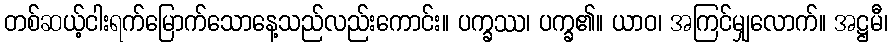
တစ်ဆယ့်ငါးရက်မြောက်သောနေ့သည်လည်းကောင်း။ ပက္ခဿ၊ ပက္ခ၏။ ယာဝ၊ အကြင်မျှလောက်။ အဋ္ဌမီ၊